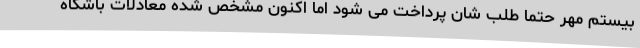
بیستم مهر حتما طلب شان پرداخت می شود اما اکنون مشخص شده معادلات باشگاه